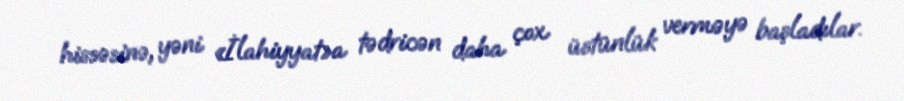
hissəsinə, yəni «İlahiyyat»a tədricən daha çox üstünlük verməyə başladılar.